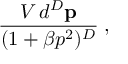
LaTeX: \frac { V \, d ^ { D } \mathbf { p } } { ( 1 + \beta p ^ { 2 } ) ^ { D } } \; ,